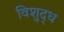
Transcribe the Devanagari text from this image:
विशुद्‍ध